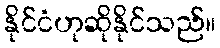
နိုင်ငံဟုဆိုနိုင်သည်။